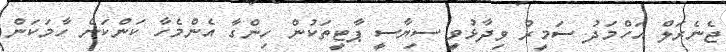
ޖެނެރަލް އަހްމަދު ސަމީރު ވިދާޅުވީ ސިޔާސީ ޕާޓީތަކުން ހިންގާ އެންމެހާ ކަންކަން ހާމަކަން